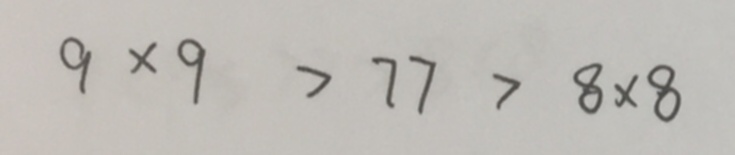
9 \times 9 > 7 7 > 8 \times 8